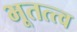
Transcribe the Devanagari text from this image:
भूतत्त्व